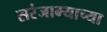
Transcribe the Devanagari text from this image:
सरंजाम्याच्या